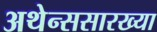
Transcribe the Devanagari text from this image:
अथेन्ससारख्या